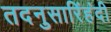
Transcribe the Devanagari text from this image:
तदनुसारिंहंदी